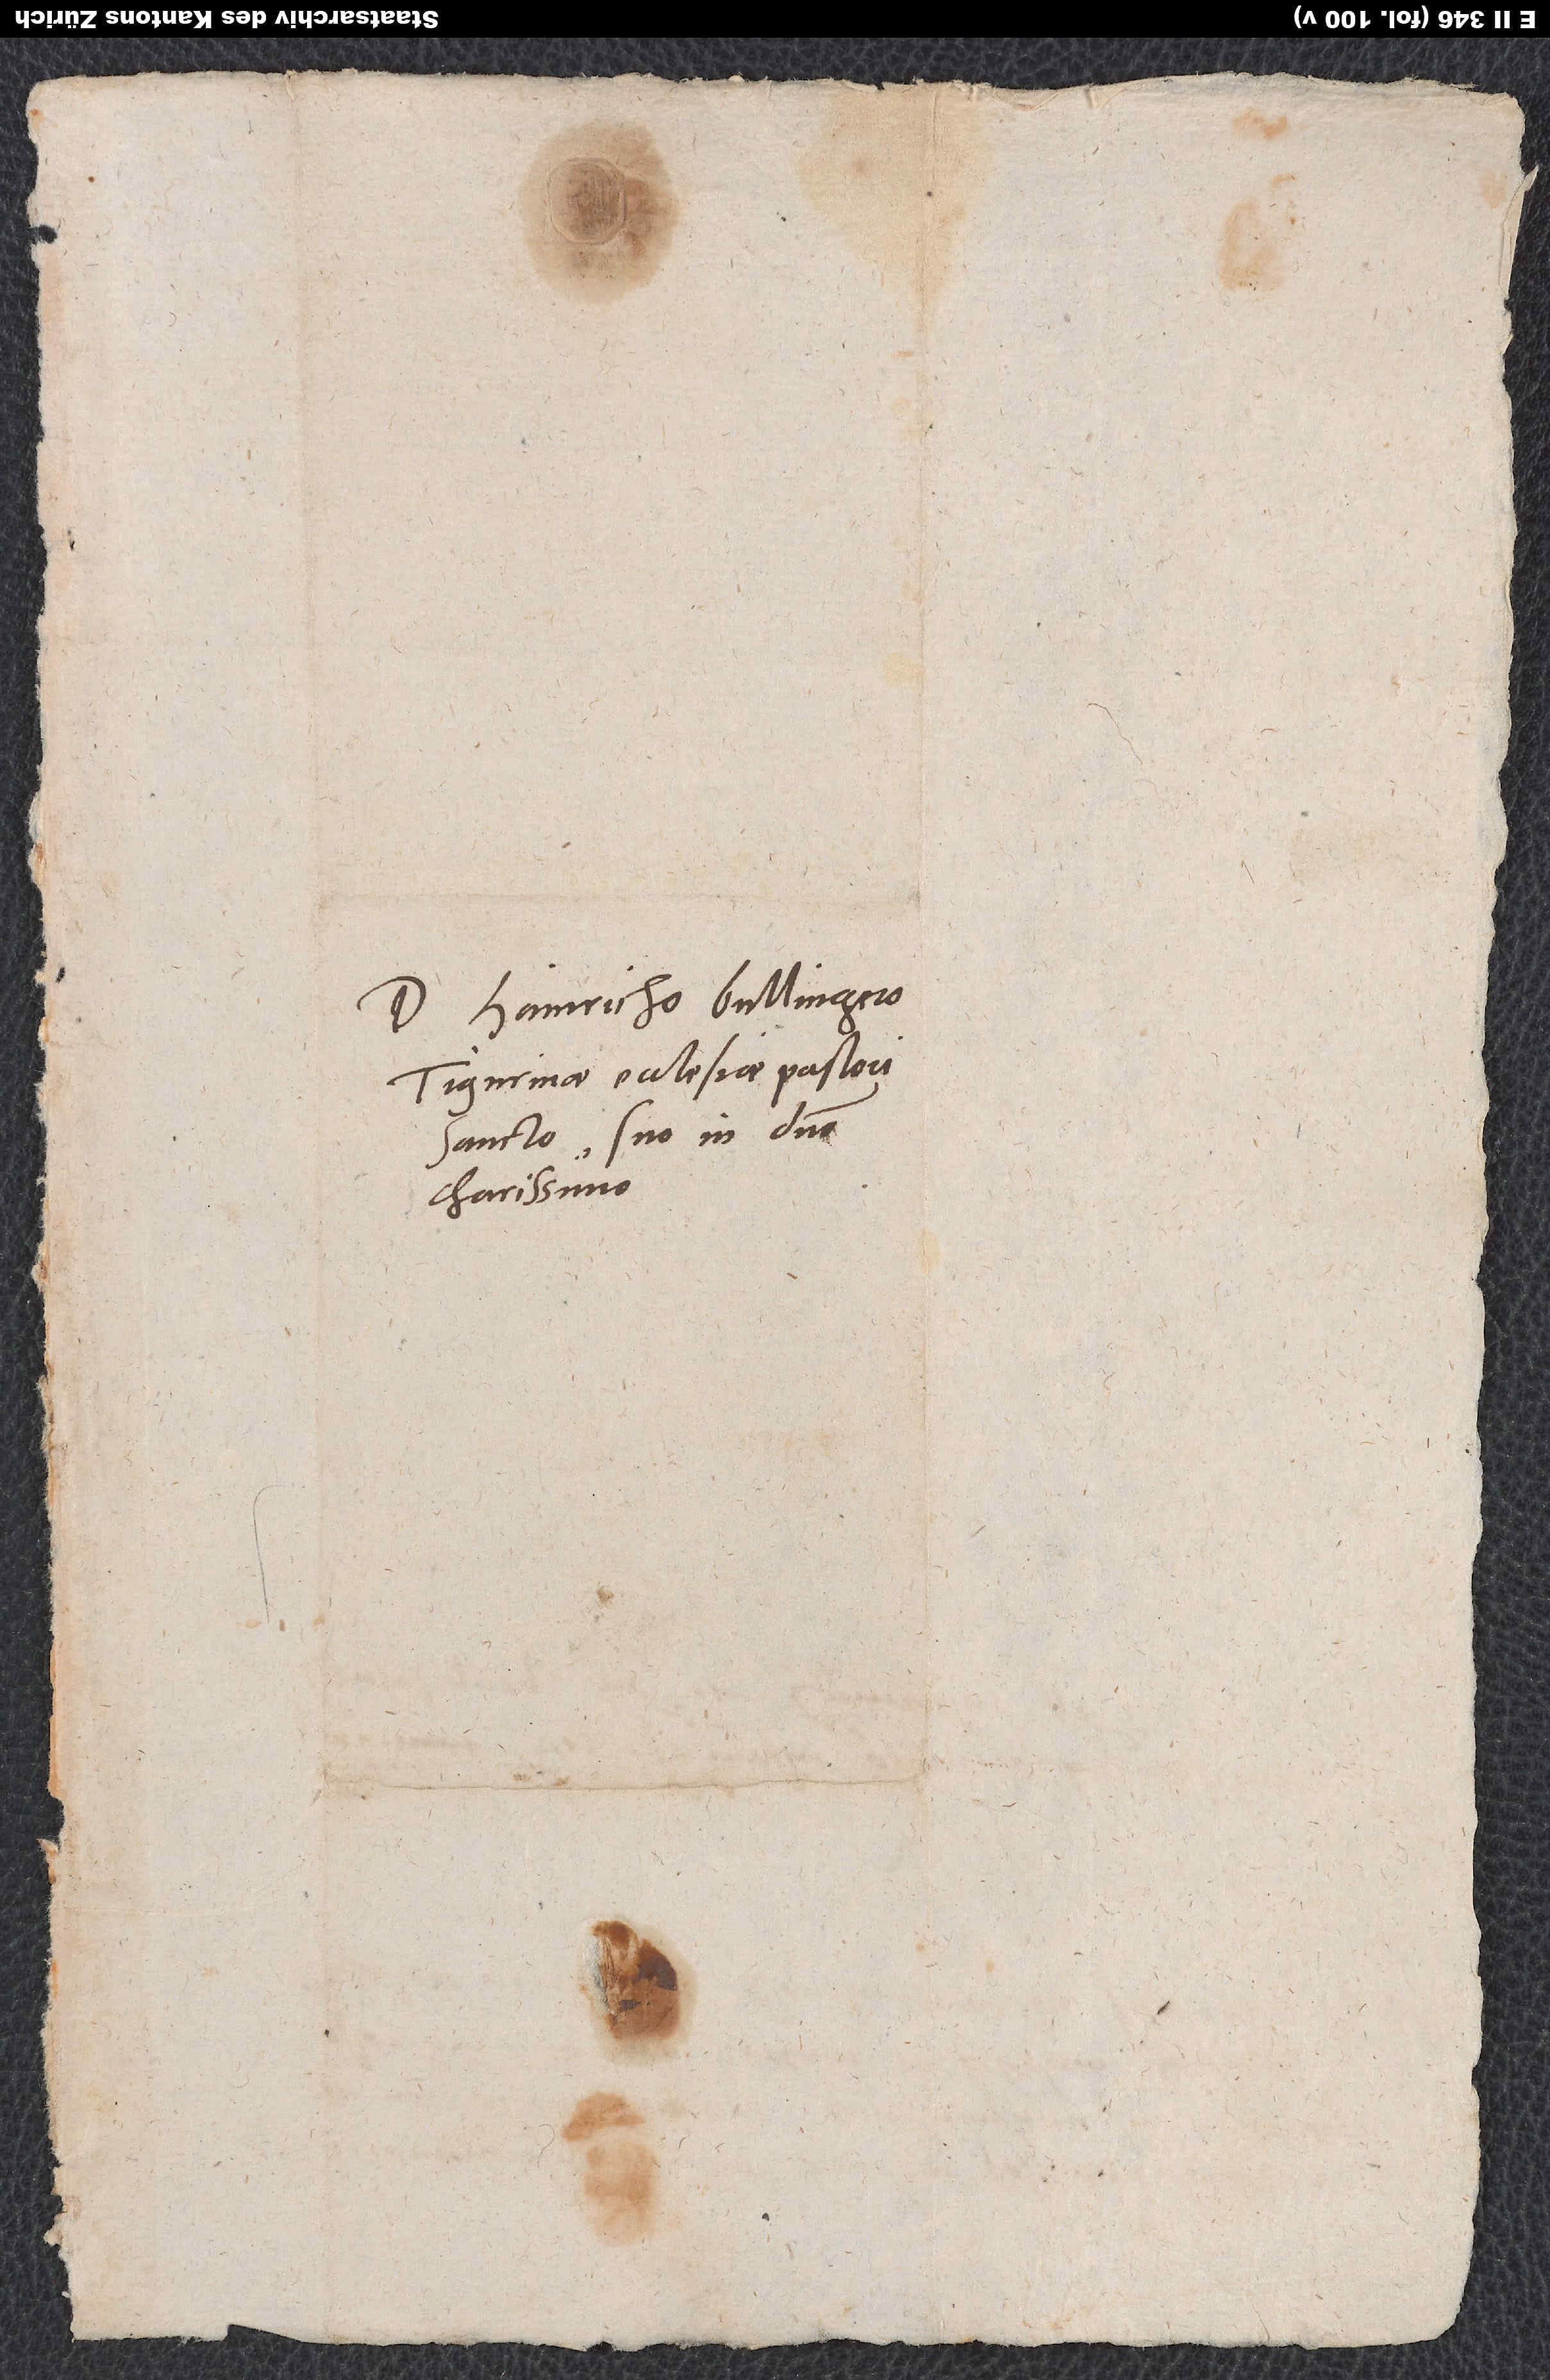
Domino Hainricho Bullingero,
Tigurinae ecclesiae pastori
sancto, suo in domino
charissimo.